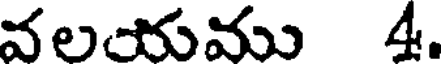
వలయము 4.